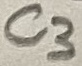
Text: C3